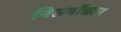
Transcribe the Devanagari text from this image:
निसर्गोद्यान